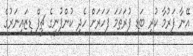
އޭނާ ފަރުމާ ކުރި ބަޑި ފުރަތަމަ ފަހަރަށް ހެދި ކުންފުނީގެ ޗީފް ޑިޒައިނަރުގެ